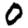
Digit: 0